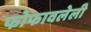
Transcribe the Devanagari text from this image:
फोफावलेली